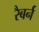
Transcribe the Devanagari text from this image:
रैबर्न